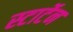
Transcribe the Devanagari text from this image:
स्टार्टेन